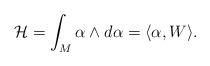
LaTeX: \begin{align*}\mathcal{H} = \int_M \alpha \wedge d \alpha = \langle \alpha, W \rangle.\end{align*}